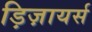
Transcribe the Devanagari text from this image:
ड़िज़ायर्स